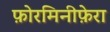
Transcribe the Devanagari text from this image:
फ़ोरमिनीफ़ेरा